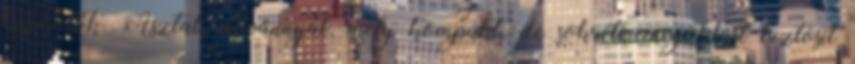
kaphatók. Asztali állvánnyal, mely kompakt, de sokrétű megoldást biztosít